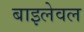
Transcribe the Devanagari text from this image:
बाइलेवल